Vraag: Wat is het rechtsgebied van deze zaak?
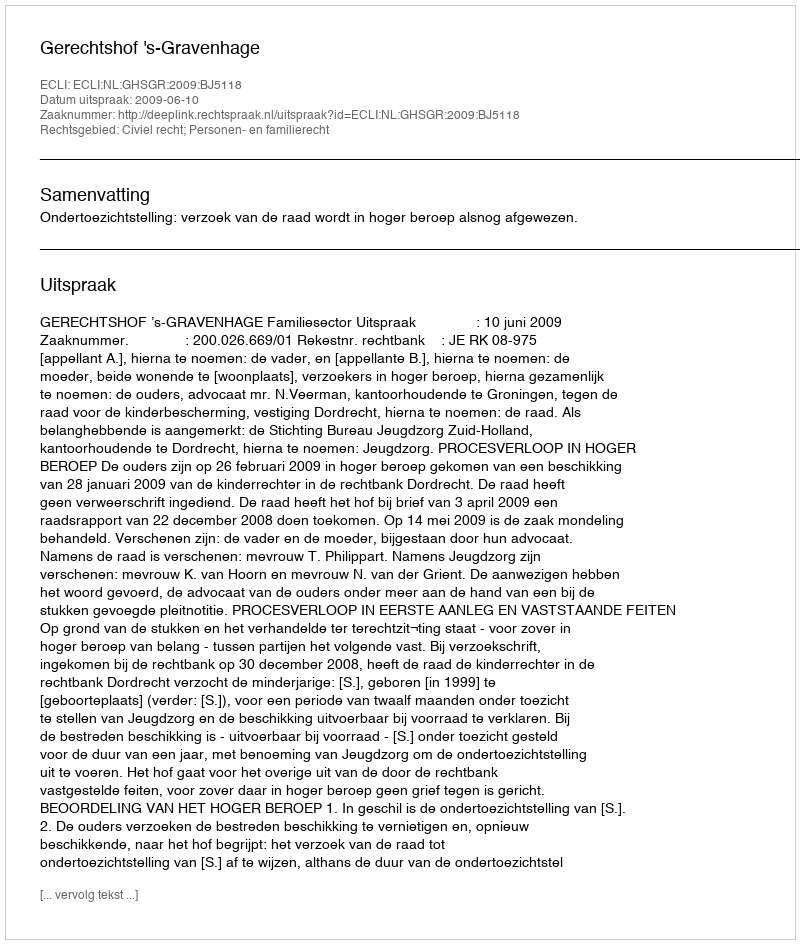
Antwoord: Civiel recht; Personen- en familierecht